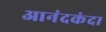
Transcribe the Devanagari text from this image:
आनंदकंदा